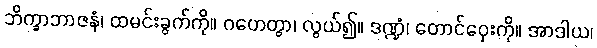
ဘိက္ခာဘာဇနံ၊ ထမင်းခွက်ကို။ ဂဟေတွာ၊ လွယ်၍။ ဒဏ္ဍံ၊ တောင်ဝှေးကို။ အာဒါယ၊